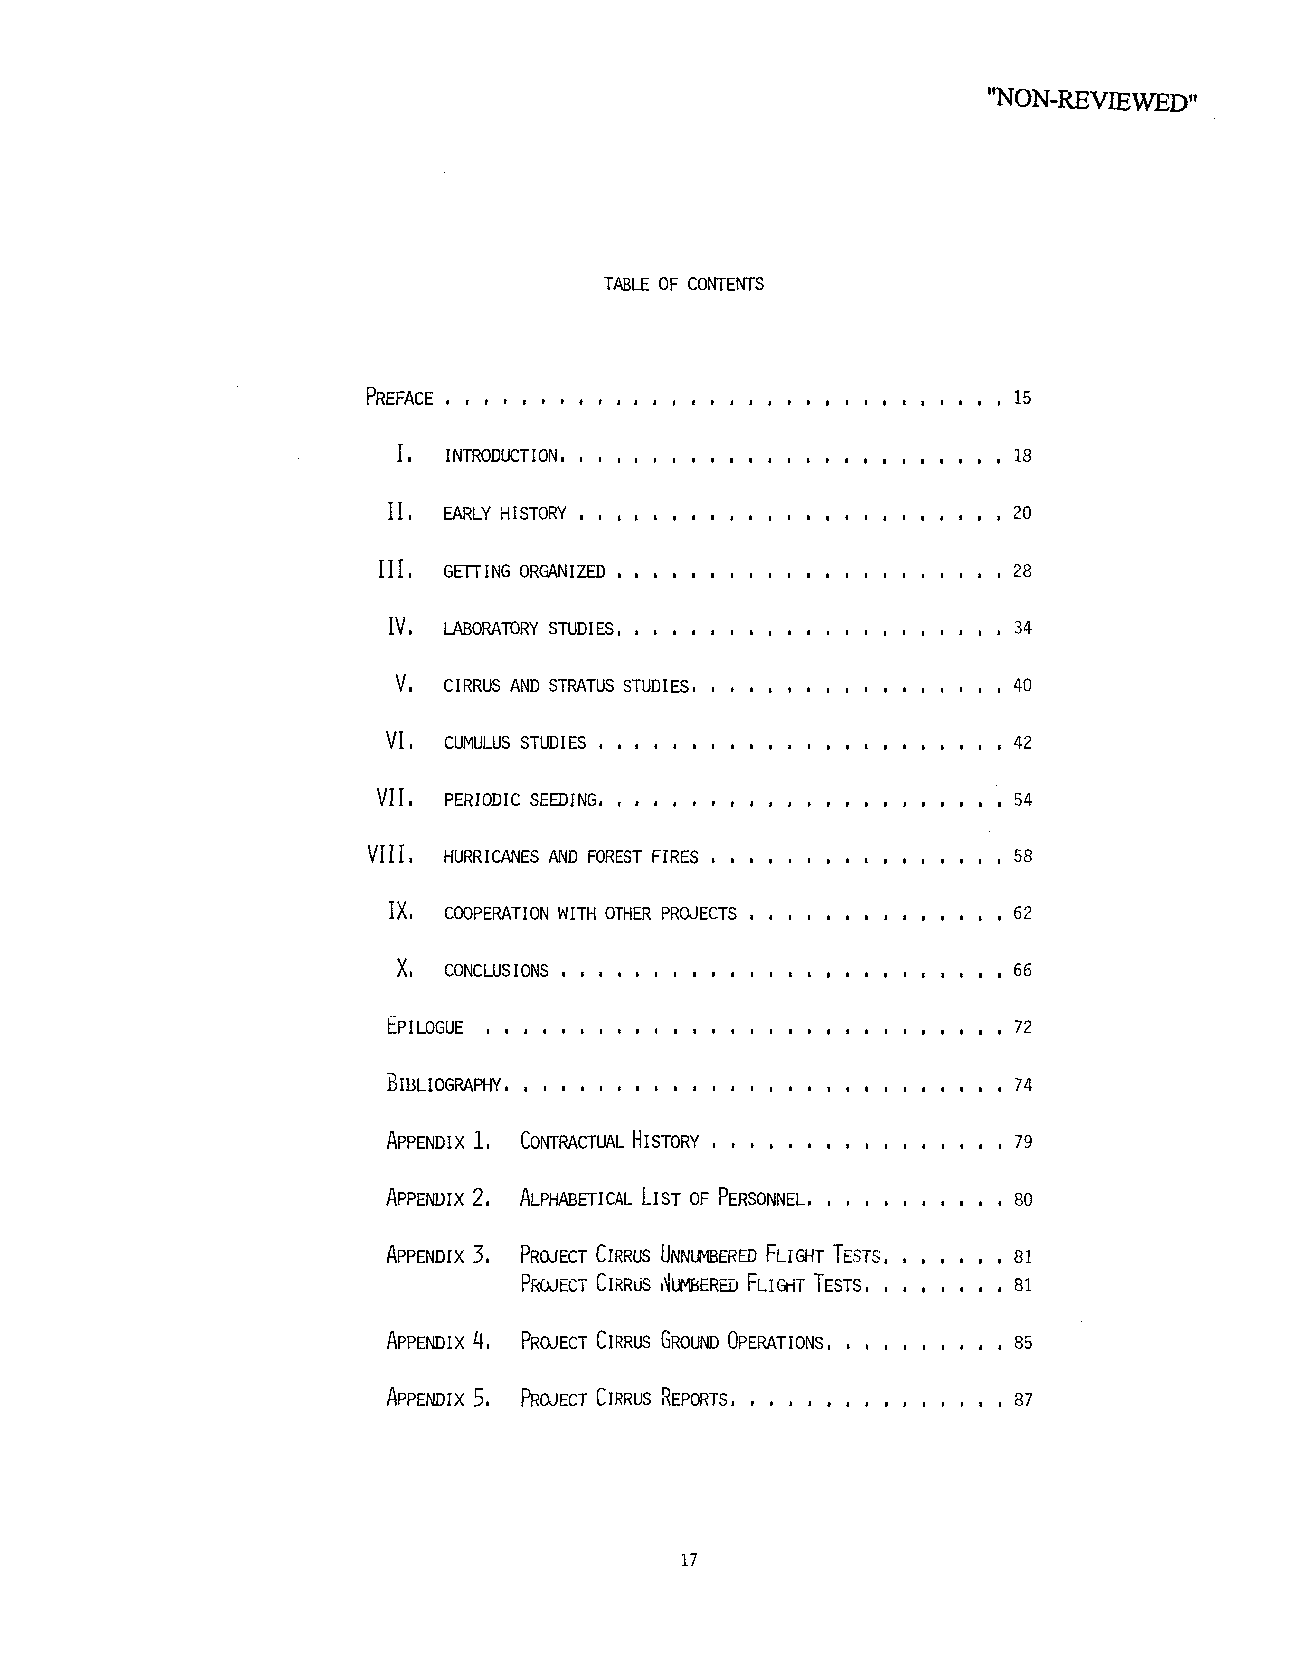
"NON-REVIEWED,,
 TABLEO F COI~ENTS
 PREFACE ..............                     15
 INTRODUCTION ........                18
 II, EARLY HISTORY .......                2O
 Ill, GEl-rINGO RGANIZED. ....             28
 IV, LABORATORYS TUDIES. ....             34
 V, CIRRUSA ND STRATUSS TUDIES,           4O
 VI, CUMULUS STUDIES ......               42
 VII, PERIODISCE EDING                    , 54
 VIII,HURRICANEASN D FORESTF IRES           58
 IX, COOPERATIOWNI THO THERP ROJECTS      62
 X, CONCLUSIONS ..........                66
 EPILOGUE ..............                  72
 BIBLIOGRAPHY .............               74
 APPENDI1X, CONTRACTUHAILS TORY, ,        79
 APPENDI2X, ALPHABETICLAILS TO F PERSONNEL, 8O
 APPENDI3X, PROJECTC IRRUSU NNUMBEREFDL IO~TT ESTS 81
 PROJECTC IRRUS, ~It~BEREFD LIGHTTE STS. ......8.1
 APPENDI4X, PROJECT CIRRUS GROUND OPERATIONS. .........85
 APPENDI5X, PROJECT CIRRUS REPORTS ............... 87
 17